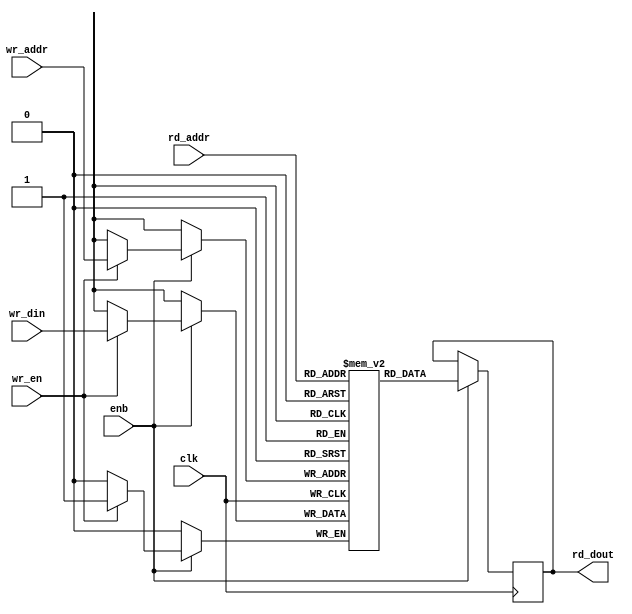
// -------------------------------------------------------------
// 
// 
// Generated by MATLAB 9.8 and HDL Coder 3.16
// 
// -------------------------------------------------------------


// -------------------------------------------------------------
// 
// Module: SimpleDualPortRAM_singlebit
// Source Path: NRPolarEncodeHDL/HDL Algorithm/NR Polar Encoder/configure/sequence/SimpleDualPortRAM_singlebit
// Hierarchy Level: 4
// 
// -------------------------------------------------------------

`timescale 1 ns / 1 ns

module SimpleDualPortRAM_singlebit
          (clk,
           enb,
           wr_din,
           wr_addr,
           wr_en,
           rd_addr,
           rd_dout);

  parameter AddrWidth = 1;
  parameter DataWidth = 1;

  input   clk;
  input   enb;
  input   wr_din;  // ufix1
  input   [AddrWidth - 1:0] wr_addr;  // parameterized width
  input   wr_en;  // ufix1
  input   [AddrWidth - 1:0] rd_addr;  // parameterized width
  output  rd_dout;  // ufix1


  reg   ram [2**AddrWidth - 1:0];
  reg   data_int;
  integer i;

  initial begin
    for (i=0; i<=2**AddrWidth - 1; i=i+1) begin
      ram[i] = 0;
    end
    data_int = 0;
  end


  always @(posedge clk)
    begin : SimpleDualPortRAM_singlebit_process
      if (enb == 1'b1) begin
        if (wr_en == 1'b1) begin
          ram[wr_addr] <= wr_din;
        end
        data_int <= ram[rd_addr];
      end
    end

  assign rd_dout = data_int;

endmodule  // SimpleDualPortRAM_singlebit